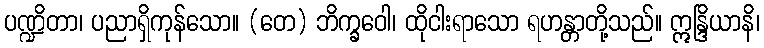
ပဏ္ဍိတာ၊ ပညာရှိကုန်သော။ (တေ) ဘိက္ခဝေါ၊ ထိုငါးရာသော ရဟန္တာတို့သည်။ ဣန္ဒြိယာနိ၊